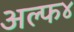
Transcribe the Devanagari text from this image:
अल्फ४